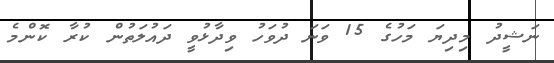
ނަޝީދު މިދިޔަ މަހުގެ 15 ވަނަ ދުވަހު ވިދާޅުވީ ދައުލަތުން ކުރާ ކޮންމެ